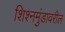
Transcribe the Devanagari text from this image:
शिश्नमुंडावरील